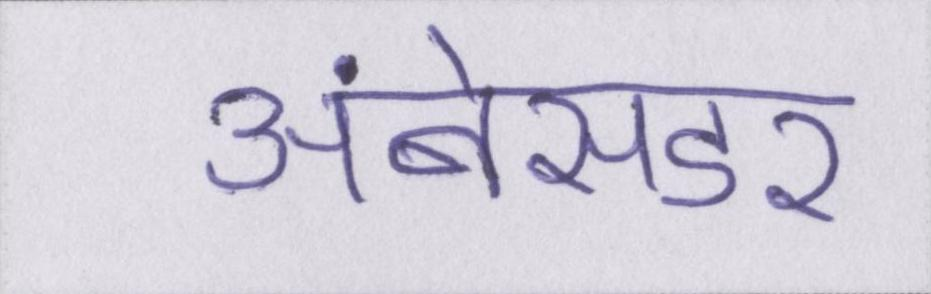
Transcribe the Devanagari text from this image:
अंबेसडर